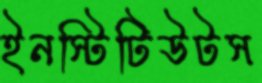
ইনস্টিটিউটস